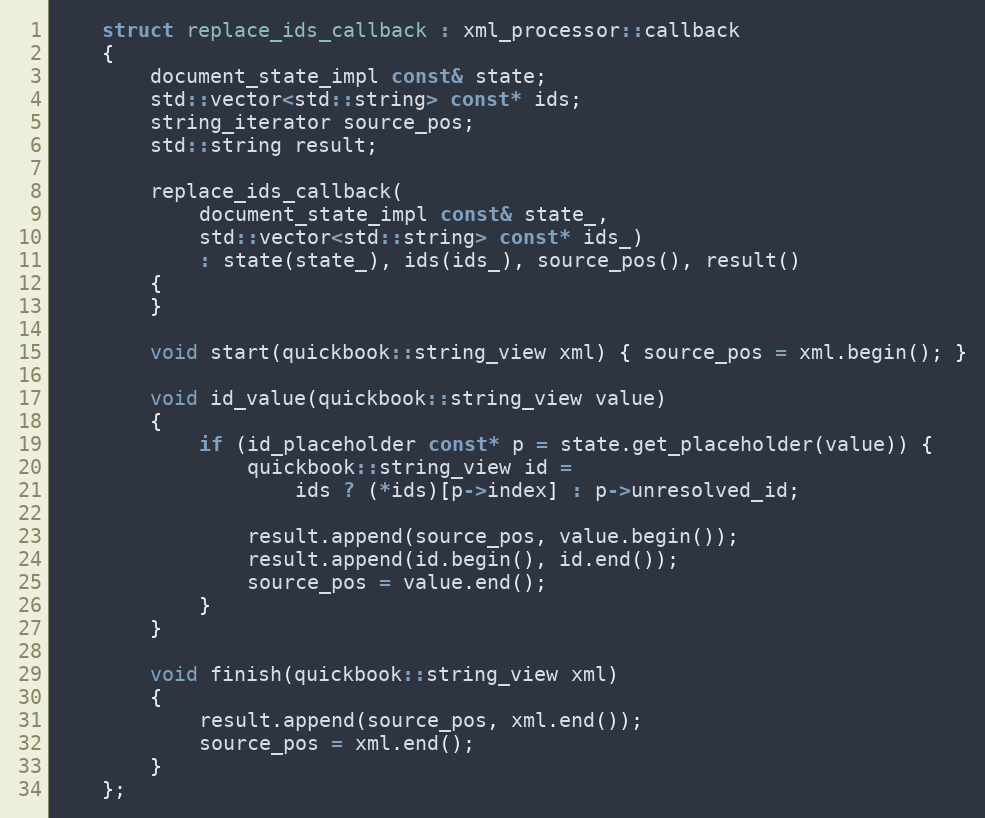
Language: C++
    struct replace_ids_callback : xml_processor::callback
    {
        document_state_impl const& state;
        std::vector<std::string> const* ids;
        string_iterator source_pos;
        std::string result;

        replace_ids_callback(
            document_state_impl const& state_,
            std::vector<std::string> const* ids_)
            : state(state_), ids(ids_), source_pos(), result()
        {
        }

        void start(quickbook::string_view xml) { source_pos = xml.begin(); }

        void id_value(quickbook::string_view value)
        {
            if (id_placeholder const* p = state.get_placeholder(value)) {
                quickbook::string_view id =
                    ids ? (*ids)[p->index] : p->unresolved_id;

                result.append(source_pos, value.begin());
                result.append(id.begin(), id.end());
                source_pos = value.end();
            }
        }

        void finish(quickbook::string_view xml)
        {
            result.append(source_pos, xml.end());
            source_pos = xml.end();
        }
    };